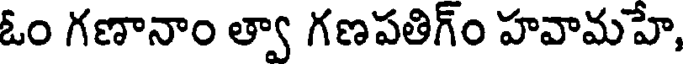
ఓం గణానాం త్వా గణపతిగ్ం హవామహే,